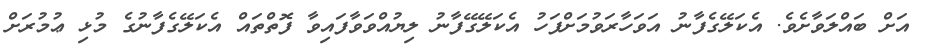
އަށް ބައްލަވާށެވެ. އެކަލޭގެފާނު އަވަހާރަވުމަށްފަހު އެކަލޭގޭފާނު ލިޔުއްވަވާފައިވާ ފޮތްތައް އެކަލޭގެފާނުގެ މުޅި ޢުމުރަށް